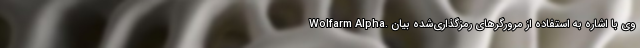
Wolfarm Alpha. وی با اشاره به استفاده از مرورگر‌های رمزگذاری‌شده بیان